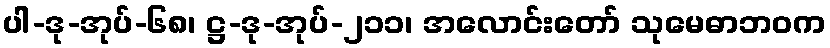
ပါ-ဒု-အုပ်-၆၈၊ ဋ္ဌ-ဒု-အုပ်-၂၁၁၊ အလောင်းတော် သုမေဓာဘဝက